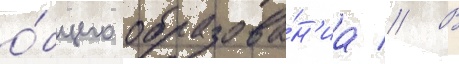
о́бщего образова́н'иа // В